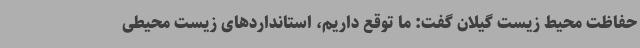
حفاظت محیط زیست گیلان گفت: ما توقع داریم، استانداردهای زیست محیطی